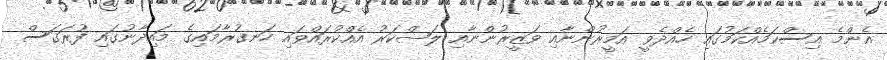
އެންމެ އިސްކަމެއްކަމުގައި ހެއްދެވީ އަމީރުންނާއި ވަޒީރުންނާއި ލަޝްކަރު އެއްކުރައްވައި ހަނގުރާމައިގެ މައިދާނުގައި ފުރަގަސް